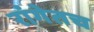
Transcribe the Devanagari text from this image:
रांगेतच